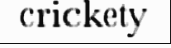
crickety